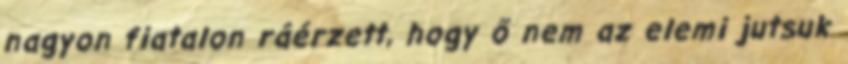
nagyon fiatalon ráérzett, hogy ő nem az elemi jutsuk